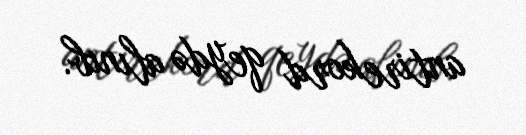
antirekord qeydə alınıb.